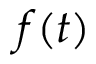
f ( t )